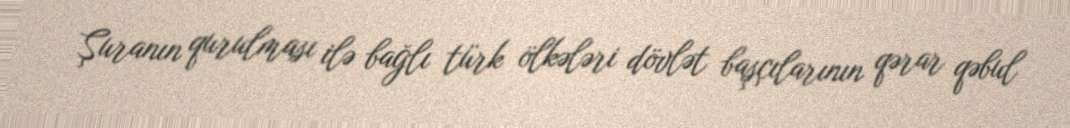
Şuranın qurulması ilə bağlı türk ölkələri dövlət başçılarının qərar qəbul